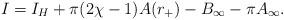
LaTeX: \begin{align*}I = I_H + \pi(2\chi -1) A(r_+) -B_{\infty} - \pi A_{\infty}.\end{align*}